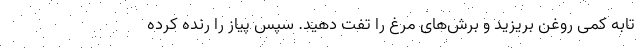
تابه کمی روغن بریزید و برش‌های مرغ را تفت دهید. سپس پیاز را رنده کرده